Vital statistics of India. Vol. IV, Annual returns from 1871 to 1876. British Army of India, Native Army and jails of Bengal
Year: 1871
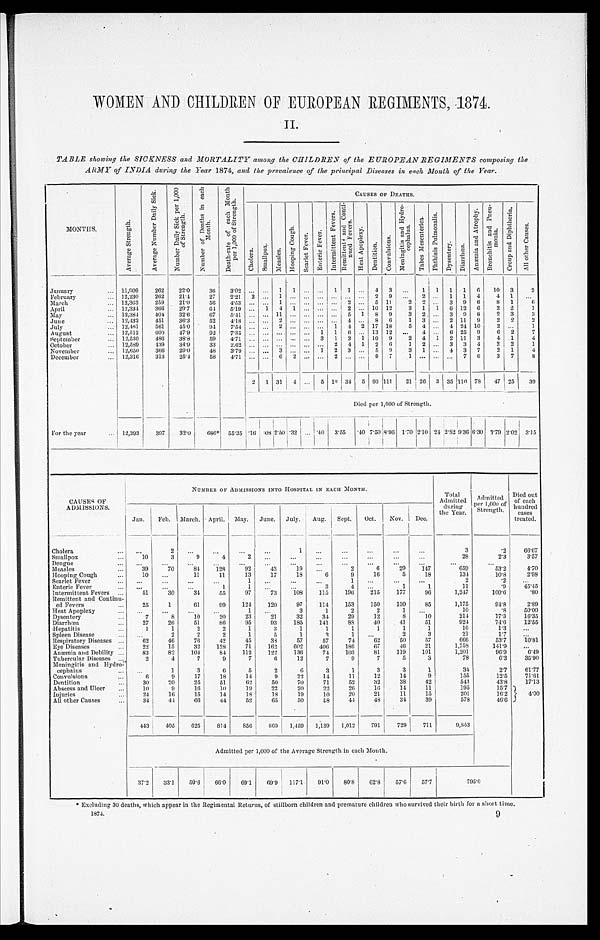
WOMEN AND CHILDREN OF EUROPEAN REGIMENTS,1874.
TABLE showing the SICKNESS and MORTALITY among the CHILDREN of the EUROPEAN REGIMENTS composing the
ARMY of INDIA during the Year 1874, and the prevalence of the principal Diseases in each Month of the Year.
MONTHS.
A v e r a g e S t r e n g t h .
A v e r a g e N u m b e r D a i l y S i c k .
N u m b e r D a i l y S i c k p e r 1 , 0 0 0 o f S t r e n g t h .
N u m b e r o f D e a t h s i n e a c h M o n t h .
D e a t h - r a t e o f e a c h M o n t h p e r 1 , 0 0 0 o f S t r e n g t h .
CAUSES OP DEATHS.
Chol er a. Sma l l pox. M e a s l e s .
H o o p i n g C o u g h .
S c a r l e t F e v e r .
E n t e r i c F e v e r .
I n t e r m i t t e n t F e v e r s .
R e m i t t e n t a n d C o n t i - n u e d F e v e r s .
H e a t A p o p l e x y .
D e n t i t i o n .
C o n v u l s i o n s .
M e n i n g i t i s a n d H y d r o - c e p h a l u s .
T a b e s M e s e n t e r i c a .
P h t h i s i s P u l m o n a l i s .
D y s e n t e r y .
D i a r r h œ a .
A n æ m i a a n d A t r o p h y .
B r o n c h i t i s a n d P n e u - m o n i a .
C r o u p a n d D i p h t h e r i a .
A l l o t h e r C a u s e s .
January . . .
11,909
262
22.0
36
3.02 . . .
. . .
1
1
. . .
. . .
1
1 . . .
4
3
. . .
1
1
1
1
6
10
3
2
February . . .
12,230
262
21.4
27
2.21
2 . . . 1 . . . . . .
. . . . . . . . .
. . .
2
9
. . .
2 . . .
1
1
4
4
1
. . .
March . . .
12,363
259
21.0
5 6
4.53. . . . . .
1 . . . . . .
. . .. . .
2
. . .
5
1 1
2
2
. . . 3
9
6
8
1
6
April . . .
12,334
366
29.7
64
5.19 . . .
1
4
1 . . . . . . . . .
2
. . . 10 12
3
1
1
6 12
6
2
2
1
May . . .
12,384
404
32.6
67
5 . 4 1 . . . . . . 11 . . . . . . . . . . . . 5
1
8
9
3
2 . . .
3
9
8
2
3
3
June . . .
12,432
451
36.3
52
4.18 . . . . . .
2 . . . . . .
. . .. . .
4
. . .
8
6
1
3
. . . 2 11
9
2
2
2
July. ..
12,461
561
45.0
94
7.54 . . . . . . 2 . . . . . . . . .
1
4
2 17 18
5
4
. . . 4 24 10
2
. . .
1
August . . .
12,512
600
47.9
9 2
7.35. . . . . .
. . . . . . . . .
1
1
6 . . . 13 12
. . .
4 . . .
6 25
9
6
2
7
September . . .
12,530
486
38.8
59
4.71 . . . . . .
. . . . . . . . . 3
1
3
1 10
9
2
4
1
2 11
3
4 1
4
October . . .
12,589
439
34.9
33
2 . 6 2 . . . . . .
. . . . . . . . . . . .
2
4
1
2
6
1
2 . . .
3
3
4
2
2
1
November . . .
12,650
3 6 6 29.0
48
3.79 . . . . . . 3 . . . . . . 1
2
3
. . . 5
9
3
1
. . . 4
3
7
2
1
4
December . . .
12,316
313
25.4
58
4.71 . . . . . .
6
2 . . . . . .
2 . . . . . .
9
7
1 . . . . . .
. . . 7
6
3
7
8
2
1 31
4 . . .
5 10 34 5 93 111
21 26
3 35 116 78
47 25
39
Died per 1,000 of Strength.
For the year . . .
12,393
397
32.0
686* 55.35 .16 08 2.50 .32 . . .
.40
3.55
.40 7.50 8.96 1.70 2.10 .24 2.82 9.36 6.30 3.79 2.02 3.15
CAUSES OF
ADMISSIONS.
NUMBER OF ADMISSIONS INTO HOSPITAL IN EACH MONTH.
Total
Admitted
during
the Year.
Admitted
per 1 000 of
Strength.
Died out
of each
hundred
cases
treated.
Jan.
Feb,
March. April. May.
June.
July.
Aug.
Sept.
Oct.
Nov.
Dec.
Cholera . . .
. . .
2
. . .
. . .
. . .
. . .
1
. . .
. . .
. . .
. . .
. . .
3
.2
66.67
Smallpox. . .
10
3
9
4
2 . . .
. . .
. . .
. . .
. . .
. . .
. . .
28
2.3
3.57
Dengue. . .
. . .
. . .
. . .
. . .
. . .
. . .
. . .
. . .
. . .
. . .
. . .
. . .
. . .
. . .
Measles . . .
39
7 0
8 4
128
92
43
19
. . .
2
6
29
147
659
5 3 . 2
4.70
Hooping Cough . . .
10
. . .
11
11
13
17
18
6
9
16
5
18
134
10.8
2.98
Scarlet Fever . . .
. . .
. . .
. . .
. . .
1
. . .
. . .
. . .
1
. . .
. . .
. . .
2
.2
. . .
Enteric Fever . . .
. . .
. . .
. . .
1
1
. . .
. . .
3
4
. . .
1
1
11
.9
45.45
Intermittent Fevers . . .
51
30
34
55
97
73
108
115
196
215
177
96
1,247
100.6
.80
Remittent and Continu
-
e d F e v e r s . . .
25
1
61
99
124
120
97
114
153
150
130
85
1,175
94.8
2.89
Heat Apoplexy . . .
. . .
. . .
. . .
. . .
1
. . .
3
1
2
2
1
. . .
10
8
50.00
Dysentery . . .
7
8
10
20
23
21
32
34
29
12
8
10
214
17.3
16.35
Diarrhœa . . .
27
26
51
86
95
93
185
141
88
40
. 41
51
924
74.6
12.55
Hepatitis. ..
1
1
2
2
1
3
1
1
1
1
1
1
16
1.3
. . .
Spleen Disease . . .
. . .
2
2
2
1
5
1
2
1
. . .
2
3
21
1.7
. . .
Respiratory Diseases . . .
62
46
76
42
45
38
57
57
74
62
50
57
666
53.7
10.81
Eye Disease . . .s
2 2
15
32
128
71
162
602
406
186
67
46
21
1,758
141.9
. . .
Anæmia and Debility . . .
83
82
104
84
112
122
136
71
103
81
119
101
1,201
96.9
6.49
Tubercular Diseases . . .
2
4
7
9
7
6
12
7
9
7
5
3
78
6.3
35.90
Meningitis and Hydro-
cephalus. . .
. . .
1
3
6
5
2
6
3
1
3
3
1
34
2.7
61.77
Convulsions...
6
9
17
18
14
9
22
14
11
12
14
9
155
12.5
71.61
Dentition. . .
3 0
20
25
51
62
50
70
71
52
32
38
42
543
43.8
17.13
Abscess and Ulcer . . .
10
9
16
10
19
22
20
22
26
16
14
11
195
15.7
4.00
Injuries . . .
24
16
15
14
18
18
19
10
20
21
11
15
201
16.2
All other Causes . . .
34
44
66
44
59
65
50
18
44
48
34
39
578
46.6
443 405
625
814
856
869
1,459
1,139
1,012
791
729
711
9,853
Admitted per 1,000 of the Average Strength in each Mouth.
37.2
33.1
50.6
66.0
69.1
69.9 117.1
91.0
80.8
62.8
57.6
57.7
795.0
*Excluding 30 deaths, which appear in the Regimental Returns, of stillborn children and premature children who survived their birth for a short time.
1874.
9